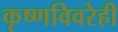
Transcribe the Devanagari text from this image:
कृष्णविवरेही